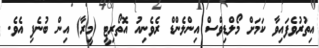
އިތުރުވެފައިވާ ކަމަށް މޯލްޑިވްސް އިންލެންޑް ރެވެނިއު އޮތޯރިޓީ (މީރާ) އިން ބުނެފި އެވެ.